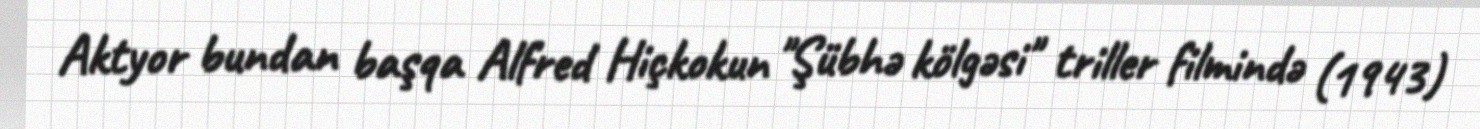
Aktyor bundan başqa Alfred Hiçkokun "Şübhə kölgəsi" triller filmində (1943)